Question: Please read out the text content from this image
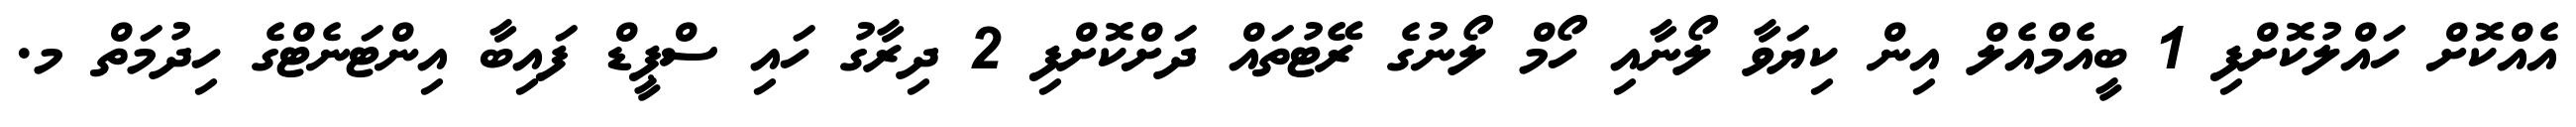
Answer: އެއްކޮށް ހައްލުކޮށްފި 1 ބީއެމްއެލް އިން ކިޔަވާ ލޯނާއި ހޯމް ލޯނުގެ ރޭޓުތައް ދަށްކޮށްފި 2 ދިރާގު ހައި ސްޕީޑް ފައިބާ އިންޓަނެޓްގެ ހިދުމަތް މ.